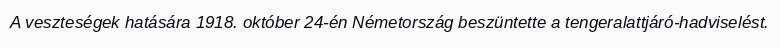
A veszteségek hatására 1918. október 24-én Németország beszüntette a tengeralattjáró-hadviselést.